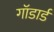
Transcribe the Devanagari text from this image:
गॉडार्ड